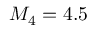
M _ { 4 } = 4 . 5